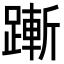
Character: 𬧋